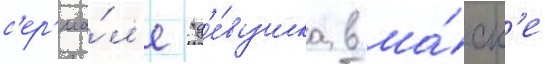
с'ер'иа́л'е "д'е́вушка в ма́ск'е